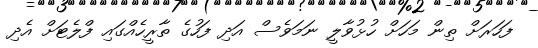
ފަހަރަށް ތިން މަހަށް ހުޅުވާލީ ނަމަވެސް އަދި ފަހުގެ ތާރީހެއްގައި ފްލެޓަށް އެދި